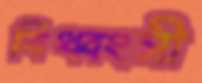
বিধ্বংসী